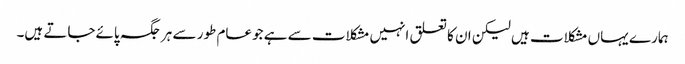
ہمارے یہاں مشکلات ہیں لیکن ان کا تعلق انہیں مشکلات سے ہے جوعام طور سے ہر جگہ پائےجاتے ہیں۔